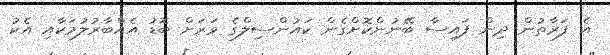
އެ ފަރާތުން ދިން ފައިސާ ބޭނުންކޮށްގެން ކައުންސިލްގެ ވަރަށް ބޮޑު އެއްބާރުލުމަކާއި އެކު